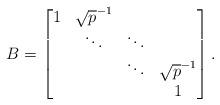
LaTeX: \begin{align*}B = \begin{bmatrix}1 & \sqrt{p}^{-1}\\& \ddots & \ddots\\& & \ddots & \sqrt{p}^{-1}\\& & & 1\end{bmatrix}.\end{align*}